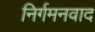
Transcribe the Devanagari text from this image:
निर्गमनवाद